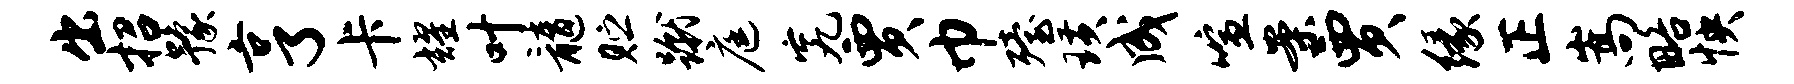
出招豫亨卡耀叶髓贮蹴庭究贾巾殪璜成喧案贾缘正嵩略怏